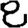
Digit: 8